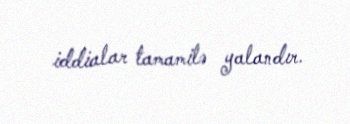
iddialar tamamilə yalandır.